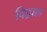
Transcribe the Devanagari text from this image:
विड्राल